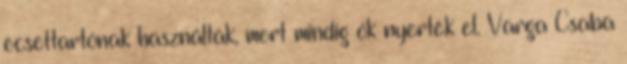
ecsettartónak használták, mert mindig ők nyerték el. Varga Csaba